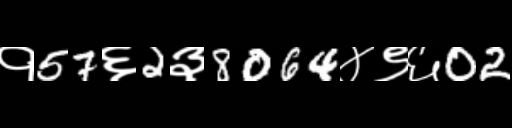
Text: १57६2३8064४९६02